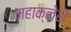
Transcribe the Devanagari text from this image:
महाक्लेशे